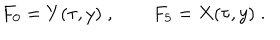
LaTeX: F _ { 0 } = Y ( \tau , y ) \; , \qquad F _ { 5 } = X ( \tau , y ) \; .